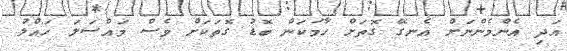
އަދި އެންމެންނަށް އެނގޭ ގޮތަށް ހާމަކަން ބޮޑު ގޮތަކަށް ވެސް މައްސަލަ ހައްލު